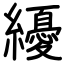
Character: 纋